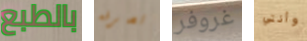
بالطبع تصرفه غروفر وأنتي